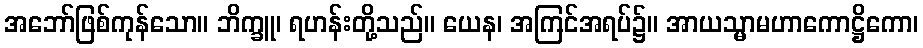
အဘော်ဖြစ်ကုန်သော။ ဘိက္ခူ၊ ရဟန်းတို့သည်။ ယေန၊ အကြင်အရပ်၌။ အာယသ္မာမဟာကောဋ္ဌိကော၊